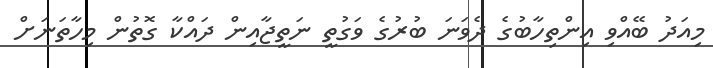
މިއަދު ބޭއްވި އިންތިހާބުގެ ދެވަނަ ބުރުގެ ވަގުތީ ނަތީޖާއިން ދައްކާ ގޮތުން މިހާތަނަށް